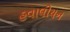
હવાલીયન